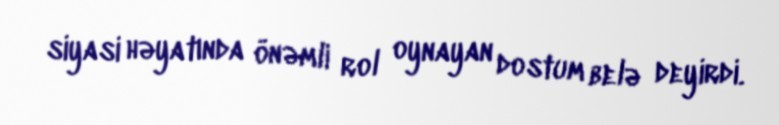
siyasi həyatında önəmli rol oynayan dostum belə deyirdi.